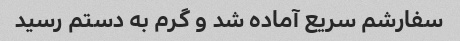
سفارشم سریع آماده شد و گرم به دستم رسید